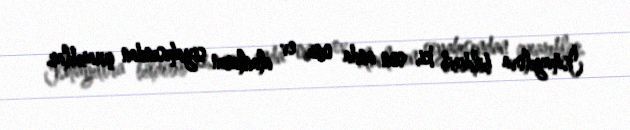
İsmayılova bildirib ki, son anda onu ev alanların siyahısından çıxarıblar.